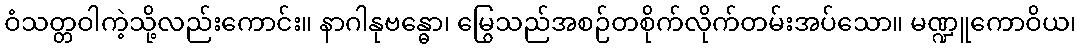
ဝံသတ္တဝါကဲ့သို့လည်းကောင်း။ နာဂါနုဗန္ဓော၊ မြွေသည်အစဉ်တစိုက်လိုက်တမ်းအပ်သော။ မဏ္ဍူကောဝိယ၊